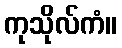
ကုသိုလ်ကံ။